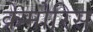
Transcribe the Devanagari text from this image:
क्रेमोरिस